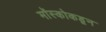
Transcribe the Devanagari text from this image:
मॉस्कोकडून